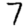
Digit: 7